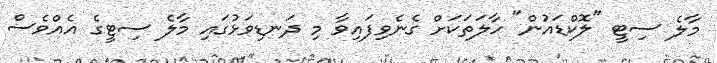
މާލެ ސިޓީ "ލޮކްޑައުން" ހާލަތަކަށް ގެނެވިފައިވާ މި ދަނޑިވަޅުގައި މާލެ ސިޓީގެ އެއްވެސް